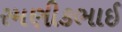
રમણીકભાઈ